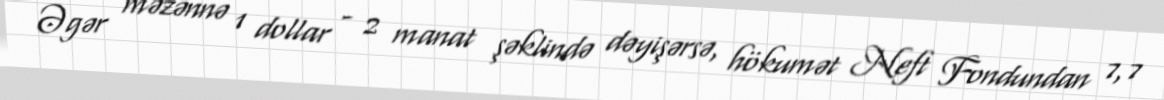
Əgər məzənnə 1 dollar - 2 manat şəklində dəyişərsə, hökumət Neft Fondundan 7,7